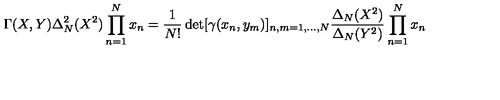
\Gamma ( X , Y ) \Delta _ { N } ^ { 2 } ( X ^ { 2 } ) \prod _ { n = 1 } ^ { N } x _ { n } = \frac { 1 } { N ! } \det [ \gamma ( x _ { n } , y _ { m } ) ] _ { n , m = 1 , \ldots , N } \frac { \Delta _ { N } ( X ^ { 2 } ) } { \Delta _ { N } ( Y ^ { 2 } ) } \prod _ { n = 1 } ^ { N } x _ { n }